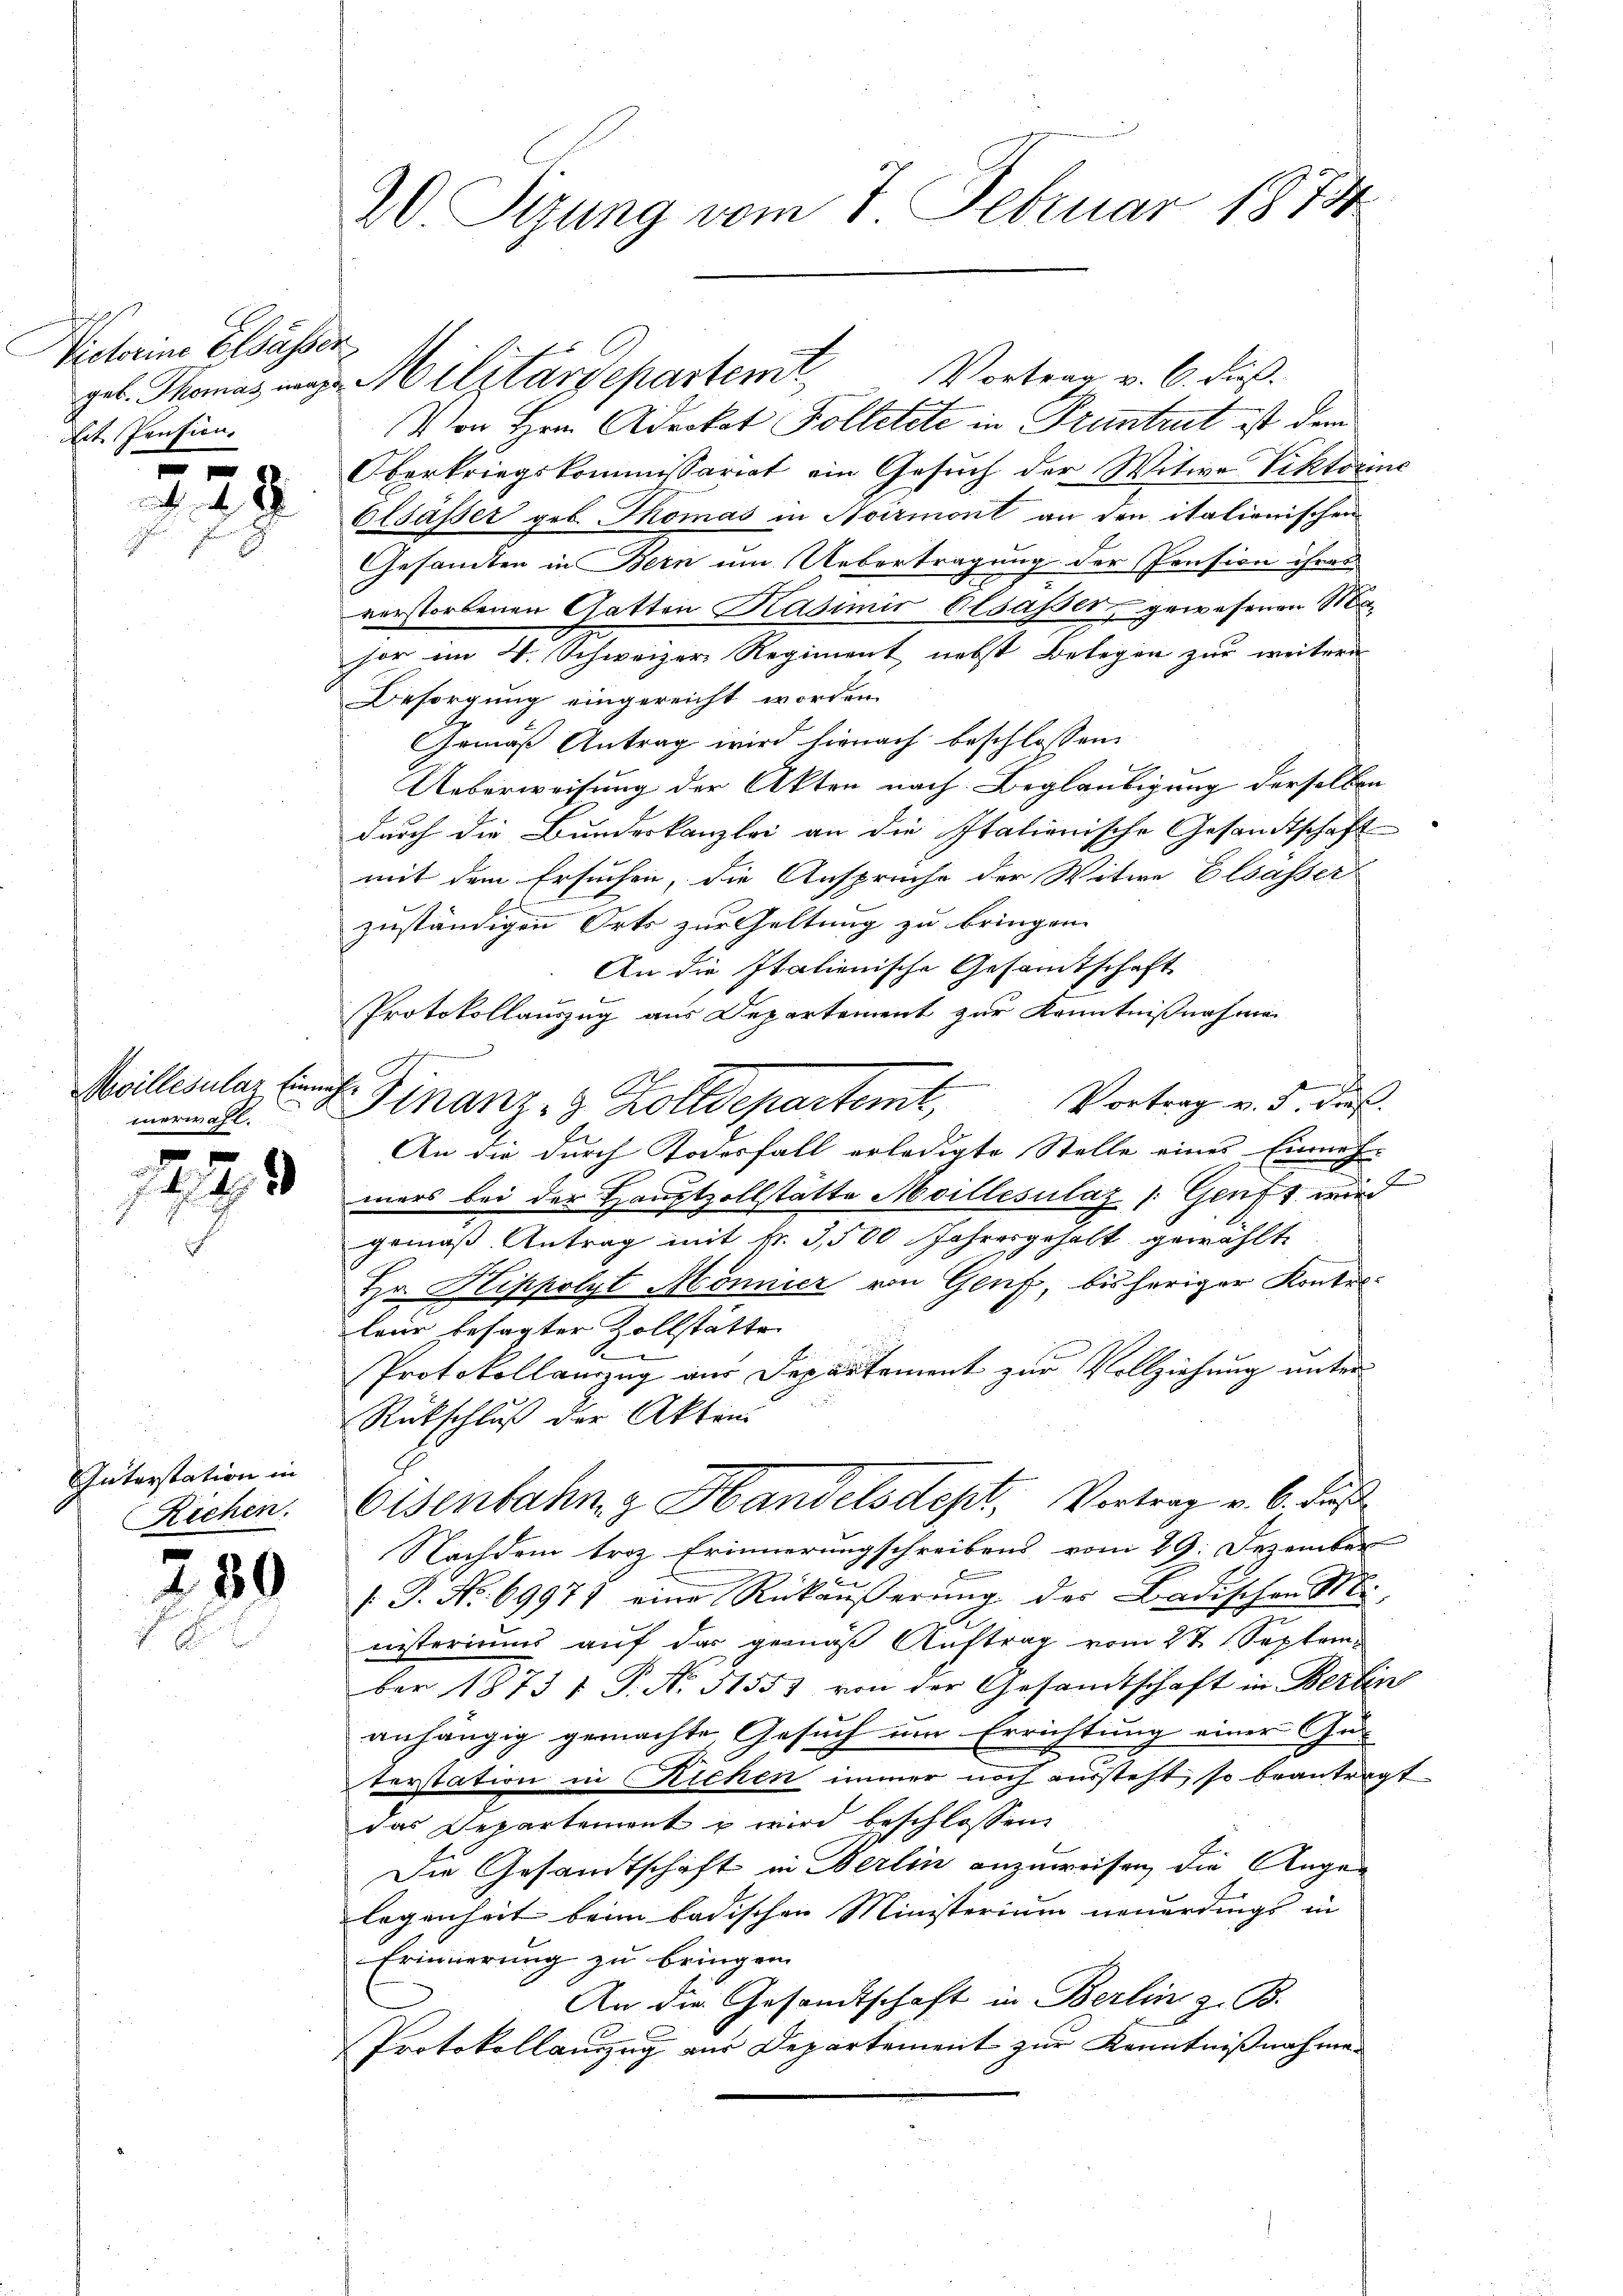
Victorine Elsässer
it. Pension.

28

Mvillesulaz Einnahmerwahl.

und
1

Interstation in
Richen.

80

Von Hrn. Advokat Folletete in Pruntrut ist dem
Oberkriegskommissariat ein Gesŭch der Witwe Viktorine
Olsässer geb. Thomas in Noirmont an den italienischen
Gesamten in Bern um Uebertragung der Pension ihrer
verstorbenen Gatten Kasimir Elsasser gewesenen Ma
hor im V. Schweizer Regiment nebst Belegen zur weitere
Besorgung eingereicht worden.
Gemäß Antrag wird hienach beschlossen
Ueberweisung der Akten nach Beglaubigung derselben
durch die Bundeskanzlei an die Italienische Gesandtschaft
mit dem Ersuchen, die Ansprüche der Witwe Elsässer
b.
zuständigen Orts zur Geltung zu bringen.
An die Italienische Gesamtschaft
Protokollauszug aus Departement zur Kenntnißnahme
Vortrag v. 5. dieß.
An die durch Todesfall erledigte Stelle eines Einnah-
mers bei der Hauptzollstätte Meillesilaz /:Gruft wir
gemäß Antrag mit k. 3,500 Jahresgehalt gewählte
Hr. Hippolyt Mönnier von Genf, bisheriger Kontel
teur besagter Zollstätte
Protokollanzug aus Departement zur Vollziehung unter
Rückschluß der Akten
Eisenbahng Handelsteht, Vortrag v. 6. Fuß
Nachdem troz Erinnerungschreibens vom 29. Dezember
/. J. No. 69971 eine Rückäußerung der Badischen M
nisteriums auf das gemäß Auftrag vom 27. Septem-
ber 18731 P. N. 51553 von der Gesandtschaft in Berlin
anhängig gemachte Gesuch um Errichtung einer Ge
terstation in Richen immer noch aussteht, so beantragt
das Departement u wird beschlossen
Die Gesandtschaft in Berlin anzuweisen, die Augen
legenheit beim badischen Ministerium neuerdings in
Erinnerung zu bringen.
An die Gesandtschaft in Berlin z. B.
Protokollauszug aus Departement zur Kenntnißnahme-

20. Sizung vom 7. Februar 1874

geb. Thomas ange Militärdepartemt. Vortrag v. 6. dieß

Finanz- & Zolldepartemt,